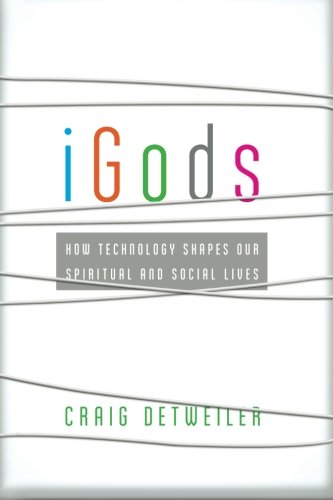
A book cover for iGods: How Technology Shapes Our Spiritual and Social Lives; Craig Detweiler; Christian Books & Bibles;